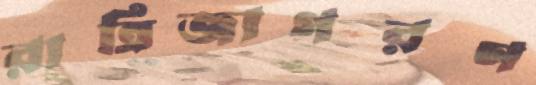
রাত্রিজাগরণ